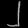
Digit: ၂